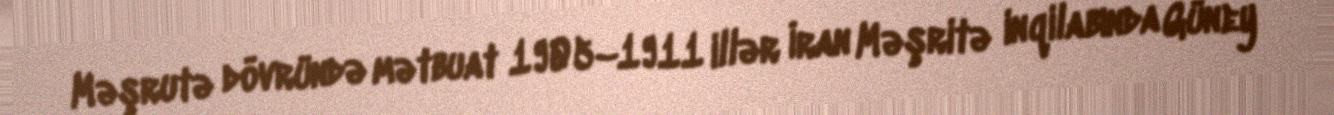
Məşrutə dövründə mətbuat 1905–1911 illər İran Məşritə inqilabında Güney